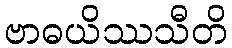
ဗာဓယိဿသီတိ